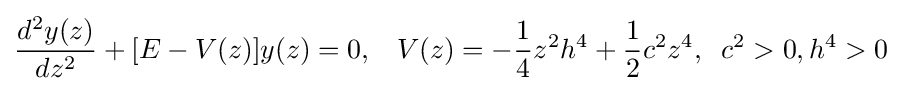
{\frac {d^{2}y(z)}{dz^{2}}}+[E-V(z)]y(z)=0,\;\;\;V(z)=-{\frac {1}{4}}z^{2}h^{4}+{\frac {1}{2}}c^{2}z^{4},\;\;c^{2}>0,h^{4}>0